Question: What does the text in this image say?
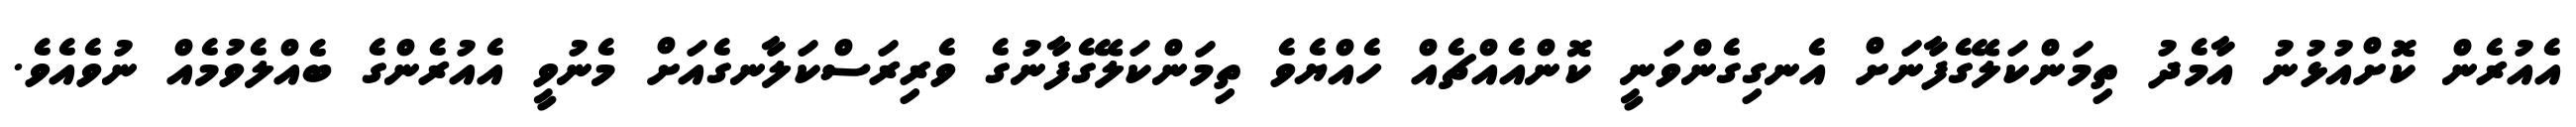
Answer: އެއުރެން ކޮށްއުޅުނު އާމެދު ތިމަންކަލޭގެފާނަށް އެނގިގެންވަނީ ކޮންއެއްޗެއް ހެއްޔެވެ ތިމަންކަލޭގެފާނުގެ ވެރިރަސްކަލާނގެއަށް މެނުވީ އެއުރެންގެ ބެއްލެވުމެއް ނުވެއެވެ.